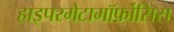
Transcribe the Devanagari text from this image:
हाइपरमेटामॉर्फ़ोसिस